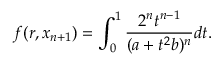
f ( r , x _ { n + 1 } ) = \int _ { 0 } ^ { 1 } \frac { 2 ^ { n } t ^ { n - 1 } } { ( a + t ^ { 2 } b ) ^ { n } } d t .